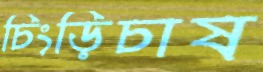
চিংড়িচাষ